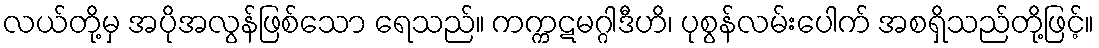
လယ်တို့မှ အပိုအလွန်ဖြစ်သော ရေသည်။ ကက္ကဋမဂ္ဂါဒီဟိ၊ ပုစွန်လမ်းပေါက် အစရှိသည်တို့ဖြင့်။